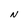
Character: N